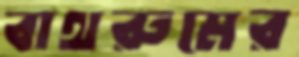
বাথরুমের